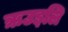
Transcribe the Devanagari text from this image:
ऋउइलि